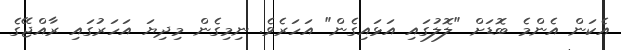
އެކަން އެންމެ ބޮޑަށް "ލޮލުގައި އަޅައިގެން" އަހަރެވެ. ނިމިގެން މިދިޔަ އަހަރުގައި ރާއްޖޭގެ